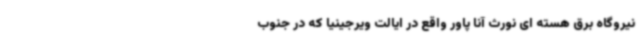
نیروگاه برق هسته ای نورث آنا پاور واقع در ایالت ویرجینیا که در جنوب